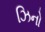
ઝિનો